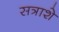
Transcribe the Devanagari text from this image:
सत्राशे